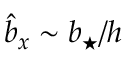
\hat { b } _ { x } \sim \ensuremath { b _ { \star } } / h